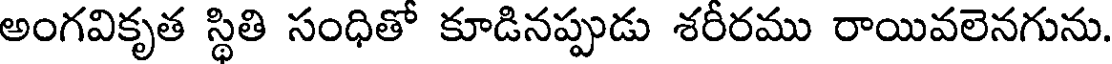
అంగవికృత స్థితి సంధితో కూడినప్పుడు శరీరము రాయివలెనగును